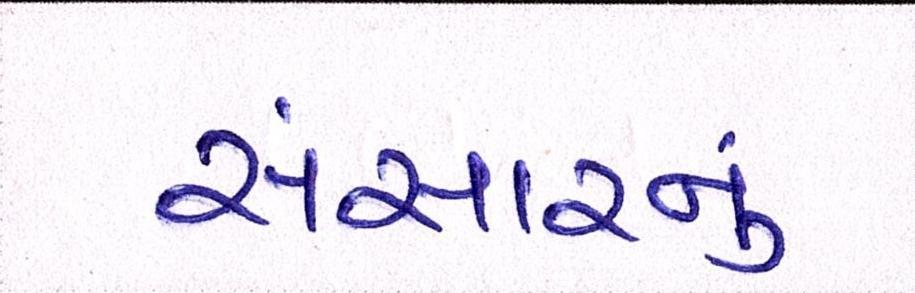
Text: સંસારનું